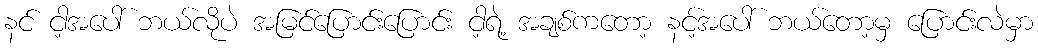
နင် ငါ့အပေါ် ဘယ်လိုပဲ အမြင်ပြောင်းပြောင်း ငါ့ရဲ့ အချစ်ကတော့ နင့်အပေါ် ဘယ်တော့မှ ပြောင်းလဲမှာ